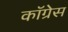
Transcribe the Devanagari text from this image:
काॅग्रेेस